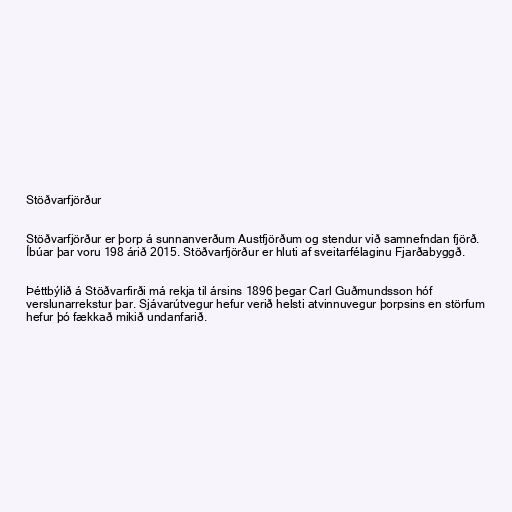
Stöðvarfjörður

Stöðvarfjörður er þorp á sunnanverðum Austfjörðum og stendur við samnefndan fjörð.
Íbúar þar voru 198 árið 2015. Stöðvarfjörður er hluti af sveitarfélaginu Fjarðabyggð.

Þéttbýlið á Stöðvarfirði má rekja til ársins 1896 þegar Carl Guðmundsson hóf
verslunarrekstur þar. Sjávarútvegur hefur verið helsti atvinnuvegur þorpsins en störfum
hefur þó fækkað mikið undanfarið.